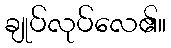
ချုပ်လုပ်လေ၏။